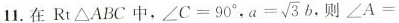
11. 在RtΔABC中， $$∠ C = 9 0 °$$，$$a= \sqrt { 3 } b$$, 则$$∠ A =